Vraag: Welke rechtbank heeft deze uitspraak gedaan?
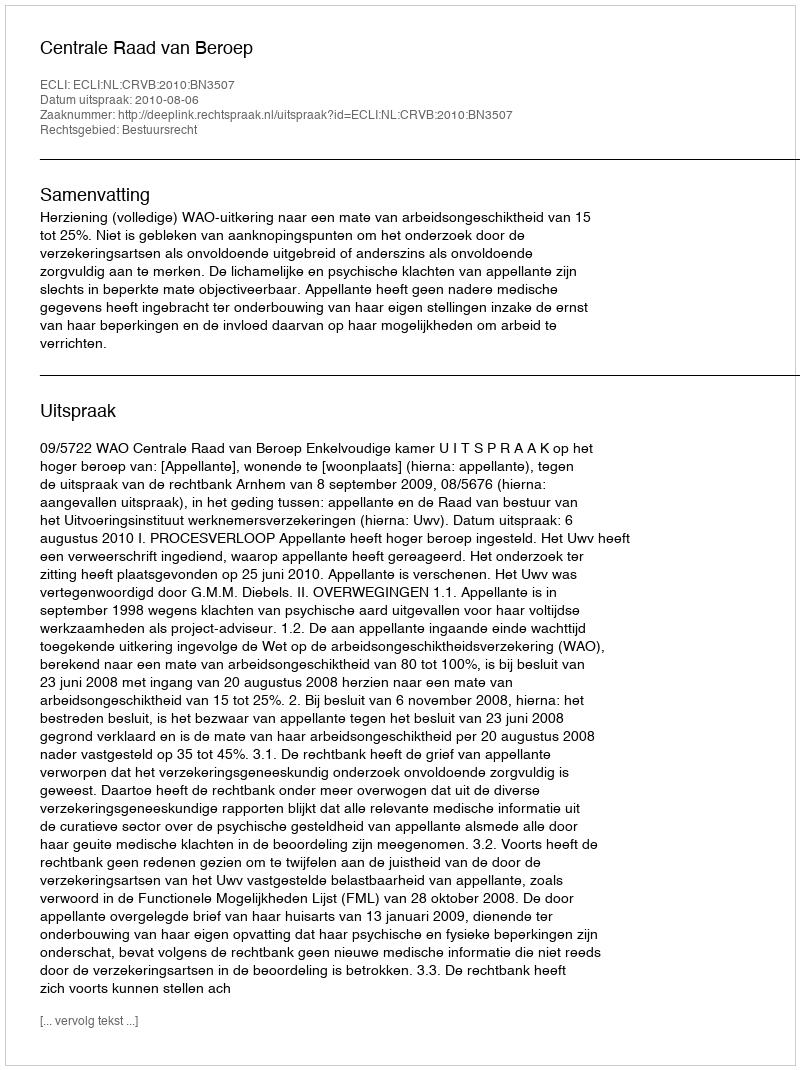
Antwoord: Centrale Raad van Beroep